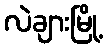
လဲချားမြို့